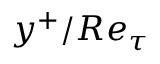
y ^ { + } / R e _ { \tau }